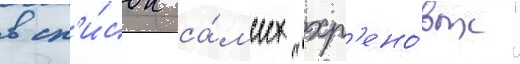
в сп'и́сок са́мых "хр'ено́вых"